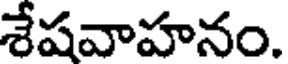
శేషవాహనం.